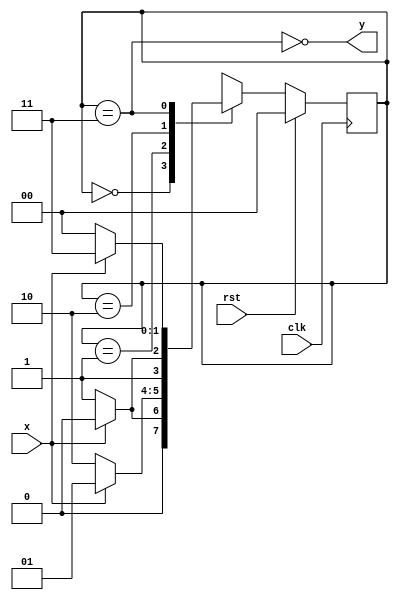
module MEFdebouncer(x, y, clk, rst);
	input x;
	input clk, rst;
	output y;
	
	reg [0:1] state, nextstate;
	parameter [0:1] inicial = 2'b00, s0 = 2'b01, s1 = 2'b10, s2 = 2'b11;
	
	
	always @(posedge clk)
		if(rst) state <= inicial;
		else state <= nextstate;
		
		
	always @(*)
		case(state)
		
			inicial: 
				if(x == 1) nextstate = inicial;
				else nextstate = s0;
			s0:
				if(x == 1) nextstate = s0;
				else nextstate = s1;
			s1:
				if(x == 1) nextstate = s1;
				else nextstate = s2;
			s2:
				if(x == 1) nextstate = s2;
				else nextstate = inicial;
		endcase
		
		assign y = ~(state == s2);
		
endmodule